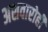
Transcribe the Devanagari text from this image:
अशवारोही